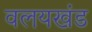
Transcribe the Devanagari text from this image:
वलयखंड